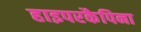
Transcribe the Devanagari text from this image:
हाइपरकैपिना